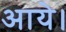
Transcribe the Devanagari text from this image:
अाये।